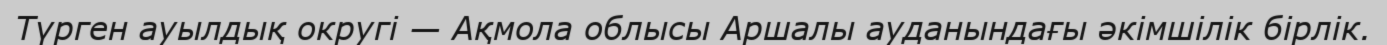
Түрген ауылдық округі — Ақмола облысы Аршалы ауданындағы әкімшілік бірлік.